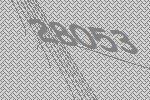
28053